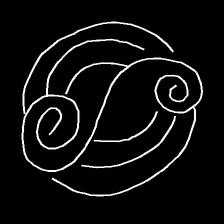
Glyph: wind-underfoot